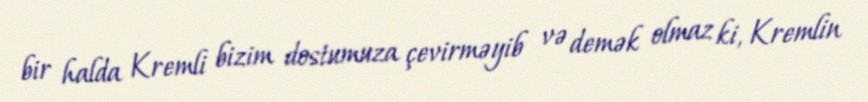
bir halda Kremli bizim dostumuza çevirməyib və demək olmaz ki, Kremlin